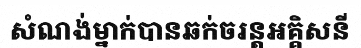
សំណង់ម្នាក់បានឆក់ចរន្តអគ្គិសនី